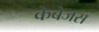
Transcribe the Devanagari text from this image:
केबेजस